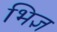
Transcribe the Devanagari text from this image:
भिज्ञ